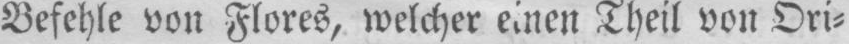
Befehle vou Flores, welcher einen Theil von Ori⸗